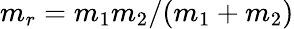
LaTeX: m_{r}=m_{1}m_{2}/(m_{1}+m_{2})